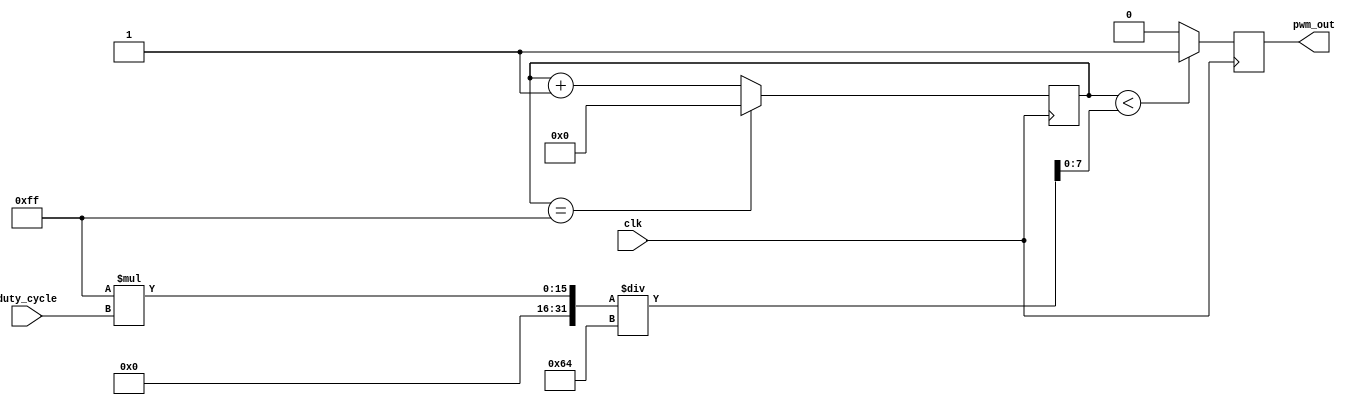
module PWM_generator(
    input wire clk,
    input wire [7:0] duty_cycle,
    output wire pwm_out
);

reg [7:0] threshold;
reg [7:0] counter;

always @ (posedge clk) begin
    if (counter < threshold) begin
        pwm_out <= 1'b1;
    end else begin
        pwm_out <= 1'b0;
    end
    
    if (counter == 255) begin
        counter <= 8'b0;
    end else begin
        counter <= counter + 1;
    end
end

assign threshold = (255 * duty_cycle) / 100;

endmodule